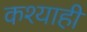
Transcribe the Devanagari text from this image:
कश्याही